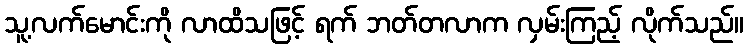
သူ့လက်မောင်းကို လာထိသဖြင့် ရက် ဘတ်တလာက လှမ်းကြည့် လိုက်သည်။